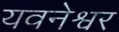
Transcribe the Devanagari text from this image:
यवनेश्वर